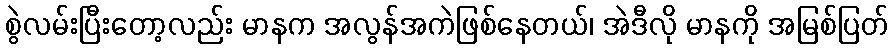
စွဲလမ်းပြီးတော့လည်း မာနက အလွန်အကဲဖြစ်နေတယ်၊ အဲဒီလို မာနကို အမြစ်ပြတ်